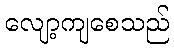
လျော့ကျစေသည်